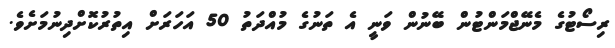
ރިސޯޓުގެ މެނޭޖްމަންޓުން ބޭނުން ވަނީ އެ ތަނުގެ މުއްދަތު 50 އަހަރަށް އިތުރުކޮށްދިނުމަށެވެ.